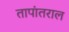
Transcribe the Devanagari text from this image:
तापांतराल